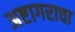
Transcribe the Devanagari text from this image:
अष्टागराचा